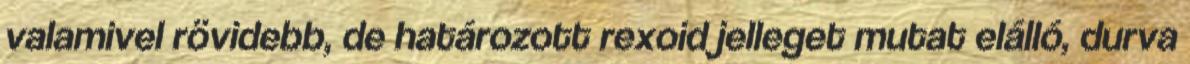
valamivel rövidebb, de határozott rexoid jelleget mutat elálló, durva